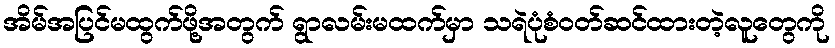
အိမ်အပြင်မထွက်ဖို့အတွက် ရွာလမ်းမထက်မှာ သရဲပုံစံဝတ်ဆင်ထားတဲ့လူတွေကို